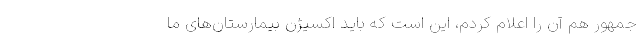
جمهور هم آن را اعلام کردم، این است که باید اکسیژن بیمارستان‌های ما